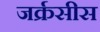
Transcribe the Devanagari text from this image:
जर्क्रसीस